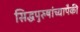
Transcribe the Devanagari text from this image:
सिद्धपुरुषांच्यापैकी